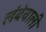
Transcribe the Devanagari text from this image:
लंबेवाली